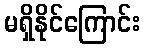
မရှိနိုင်ကြောင်း